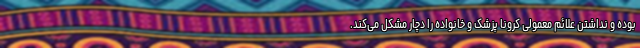
بوده و نداشتن علائم معمولی کرونا پزشک و خانواده را دچار مشکل می‌کند.